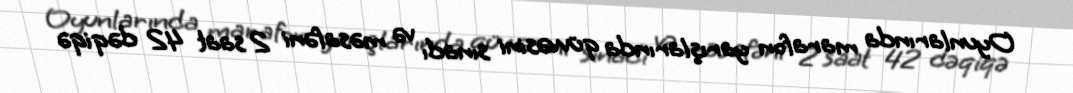
Oyunlarında marafon yarışlarında qüvvəsini sınadı və məsafəni 2 saat 42 dəqiqə